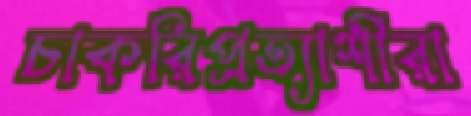
চাকরিপ্রত্যাশীরা